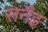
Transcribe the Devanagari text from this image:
सनैइ